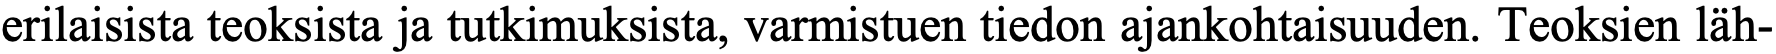
erilaisista teoksista ja tutkimuksista, varmistuen tiedon ajankohtaisuuden. Teoksien läh-